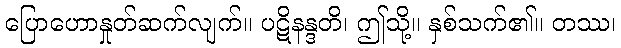
ပြောဟောနှုတ်ဆက်လျက်။ ပဋိနန္ဒတိ၊ ဤသို့။ နှစ်သက်၏။ တဿ၊